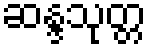
ဆန္ဒသုတ္တ